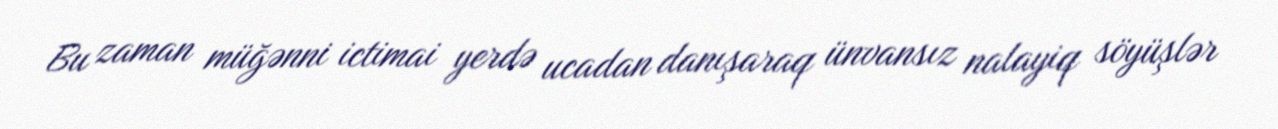
Bu zaman müğənni ictimai yerdə ucadan danışaraq ünvansız nalayiq söyüşlər